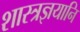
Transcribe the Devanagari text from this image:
शास्त्रज्ञयानि